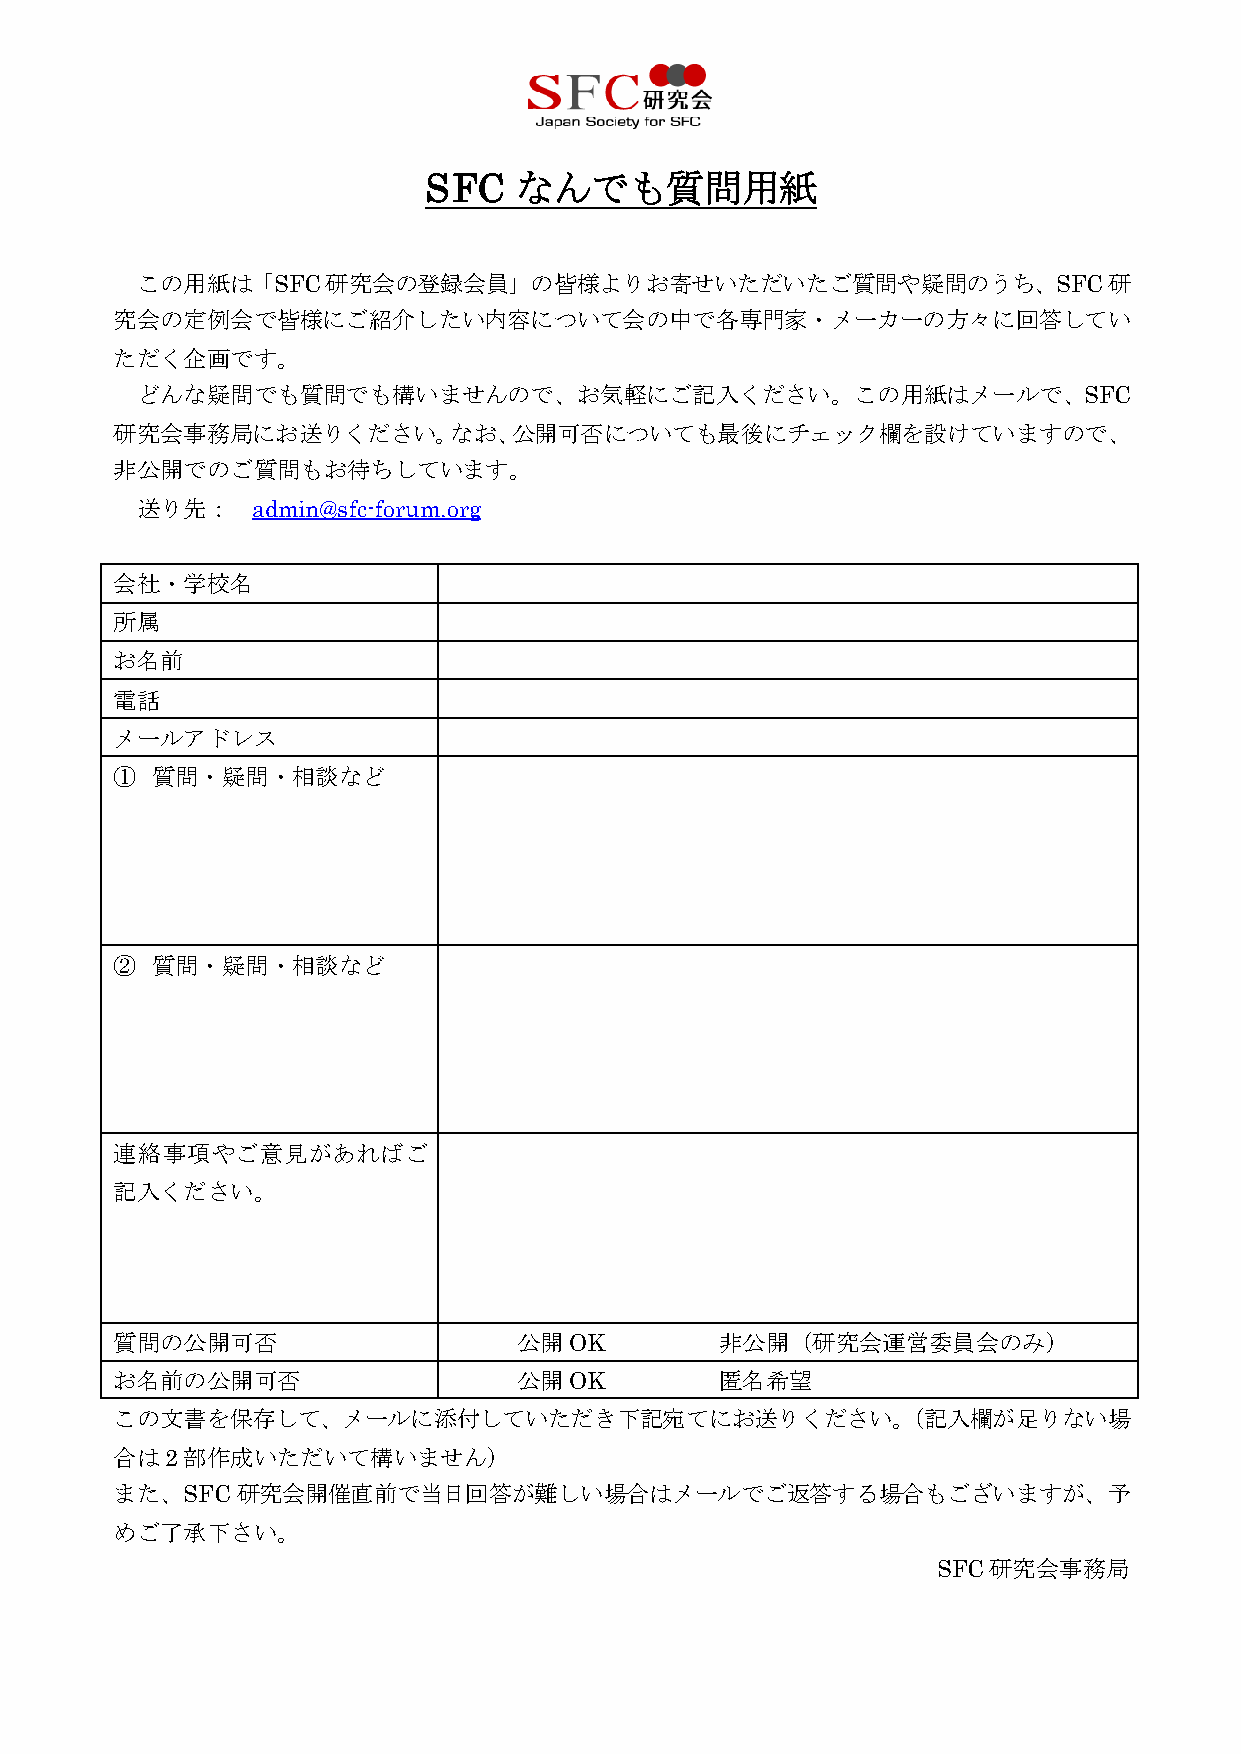
なんでも質問用紙
 SFC
 この用紙は「SFC研究会の登録会員」の皆様よりお寄せいただいたご質問や疑問のうち、SFC研
 究会の定例会で皆様にご紹介したい内容について会の中で各専門家・メーカーの方々に回答してい
 ただく企画です。
 どんな疑問でも質問でも構いませんので、お気軽にご記入ください。この用紙はメールで、SFC
 研究会事務局にお送りください。なお、公開可否についても最後にチェック欄を設けていますので、
 非公開でのご質問もお待ちしています。
 送り先：    admin@sfc-forum.org
 会社・学校名
 所属
 お名前
 電話
 メールアドレス
 ① 質問・疑問・相談など
 ② 質問・疑問・相談など
 連絡事項やご意見があればご
 記入ください。
 質問の公開可否                   公開OK          非公開（研究会運営委員会のみ）
 お名前の公開可否                  公開OK          匿名希望
 この文書を保存して、メールに添付していただき下記宛てにお送りください。（記入欄が足りない場
 合は2部作成いただいて構いません）
 また、SFC  研究会開催直前で当日回答が難しい場合はメールでご返答する場合もございますが、予
 めご了承下さい。
 SFC研究会事務局